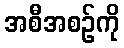
အစီအစဉ်ကို